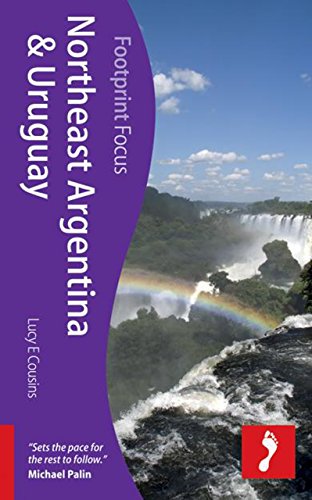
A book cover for Northeast Argentina & Uruguay (Footprint Focus); Lucy Cousins; Travel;